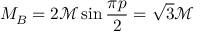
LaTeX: M _ { B } = 2 { \mathcal { M } } \sin \frac { \pi p } { 2 } = \sqrt { 3 } { \mathcal { M } }